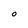
Character: O